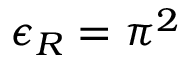
\epsilon _ { R } = \pi ^ { 2 }